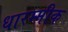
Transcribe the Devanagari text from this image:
धारम्मीक